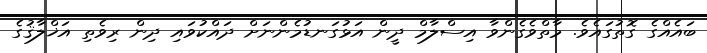
ބައެއްގެ ގޮތުގައެވެ. މާތްވެގެންވާ އިސްލާމް ދީން އަޅުގަނޑުމެންނަށް ދައްކުވައި ދިން ރިވެތި އަޚްލާޤުގެ